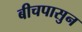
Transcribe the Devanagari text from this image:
बीचपासुन